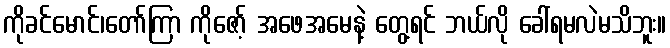
ကိုခင်မောင်၊တော်ကြာ ကိုဇော့် အဖေအမေနဲ့ တွေ့ရင် ဘယ်လို ခေါ်ရမလဲမသိဘူး။